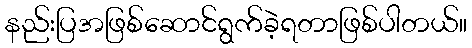
နည်းပြအဖြစ်ဆောင်ရွက်ခဲ့ရတာဖြစ်ပါတယ်။